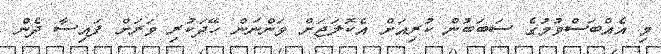
މި އެއްބަސްވުމުގެ ސަބަބުން ކުރިއަށް އެކޮލަޖަށް ވަންނަން ހޭދަކުރި ވަރަށް ފައިސާ ދެން